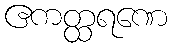
ဧကတ္ထရဏေ